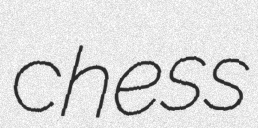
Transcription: chess